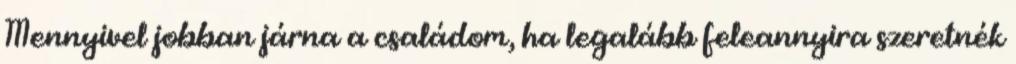
Mennyivel jobban járna a családom, ha legalább feleannyira szeretnék